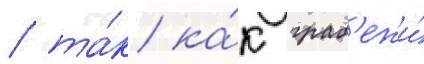
/ та́к ка́к граб'ежи́